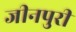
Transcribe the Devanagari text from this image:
जीनपुरी